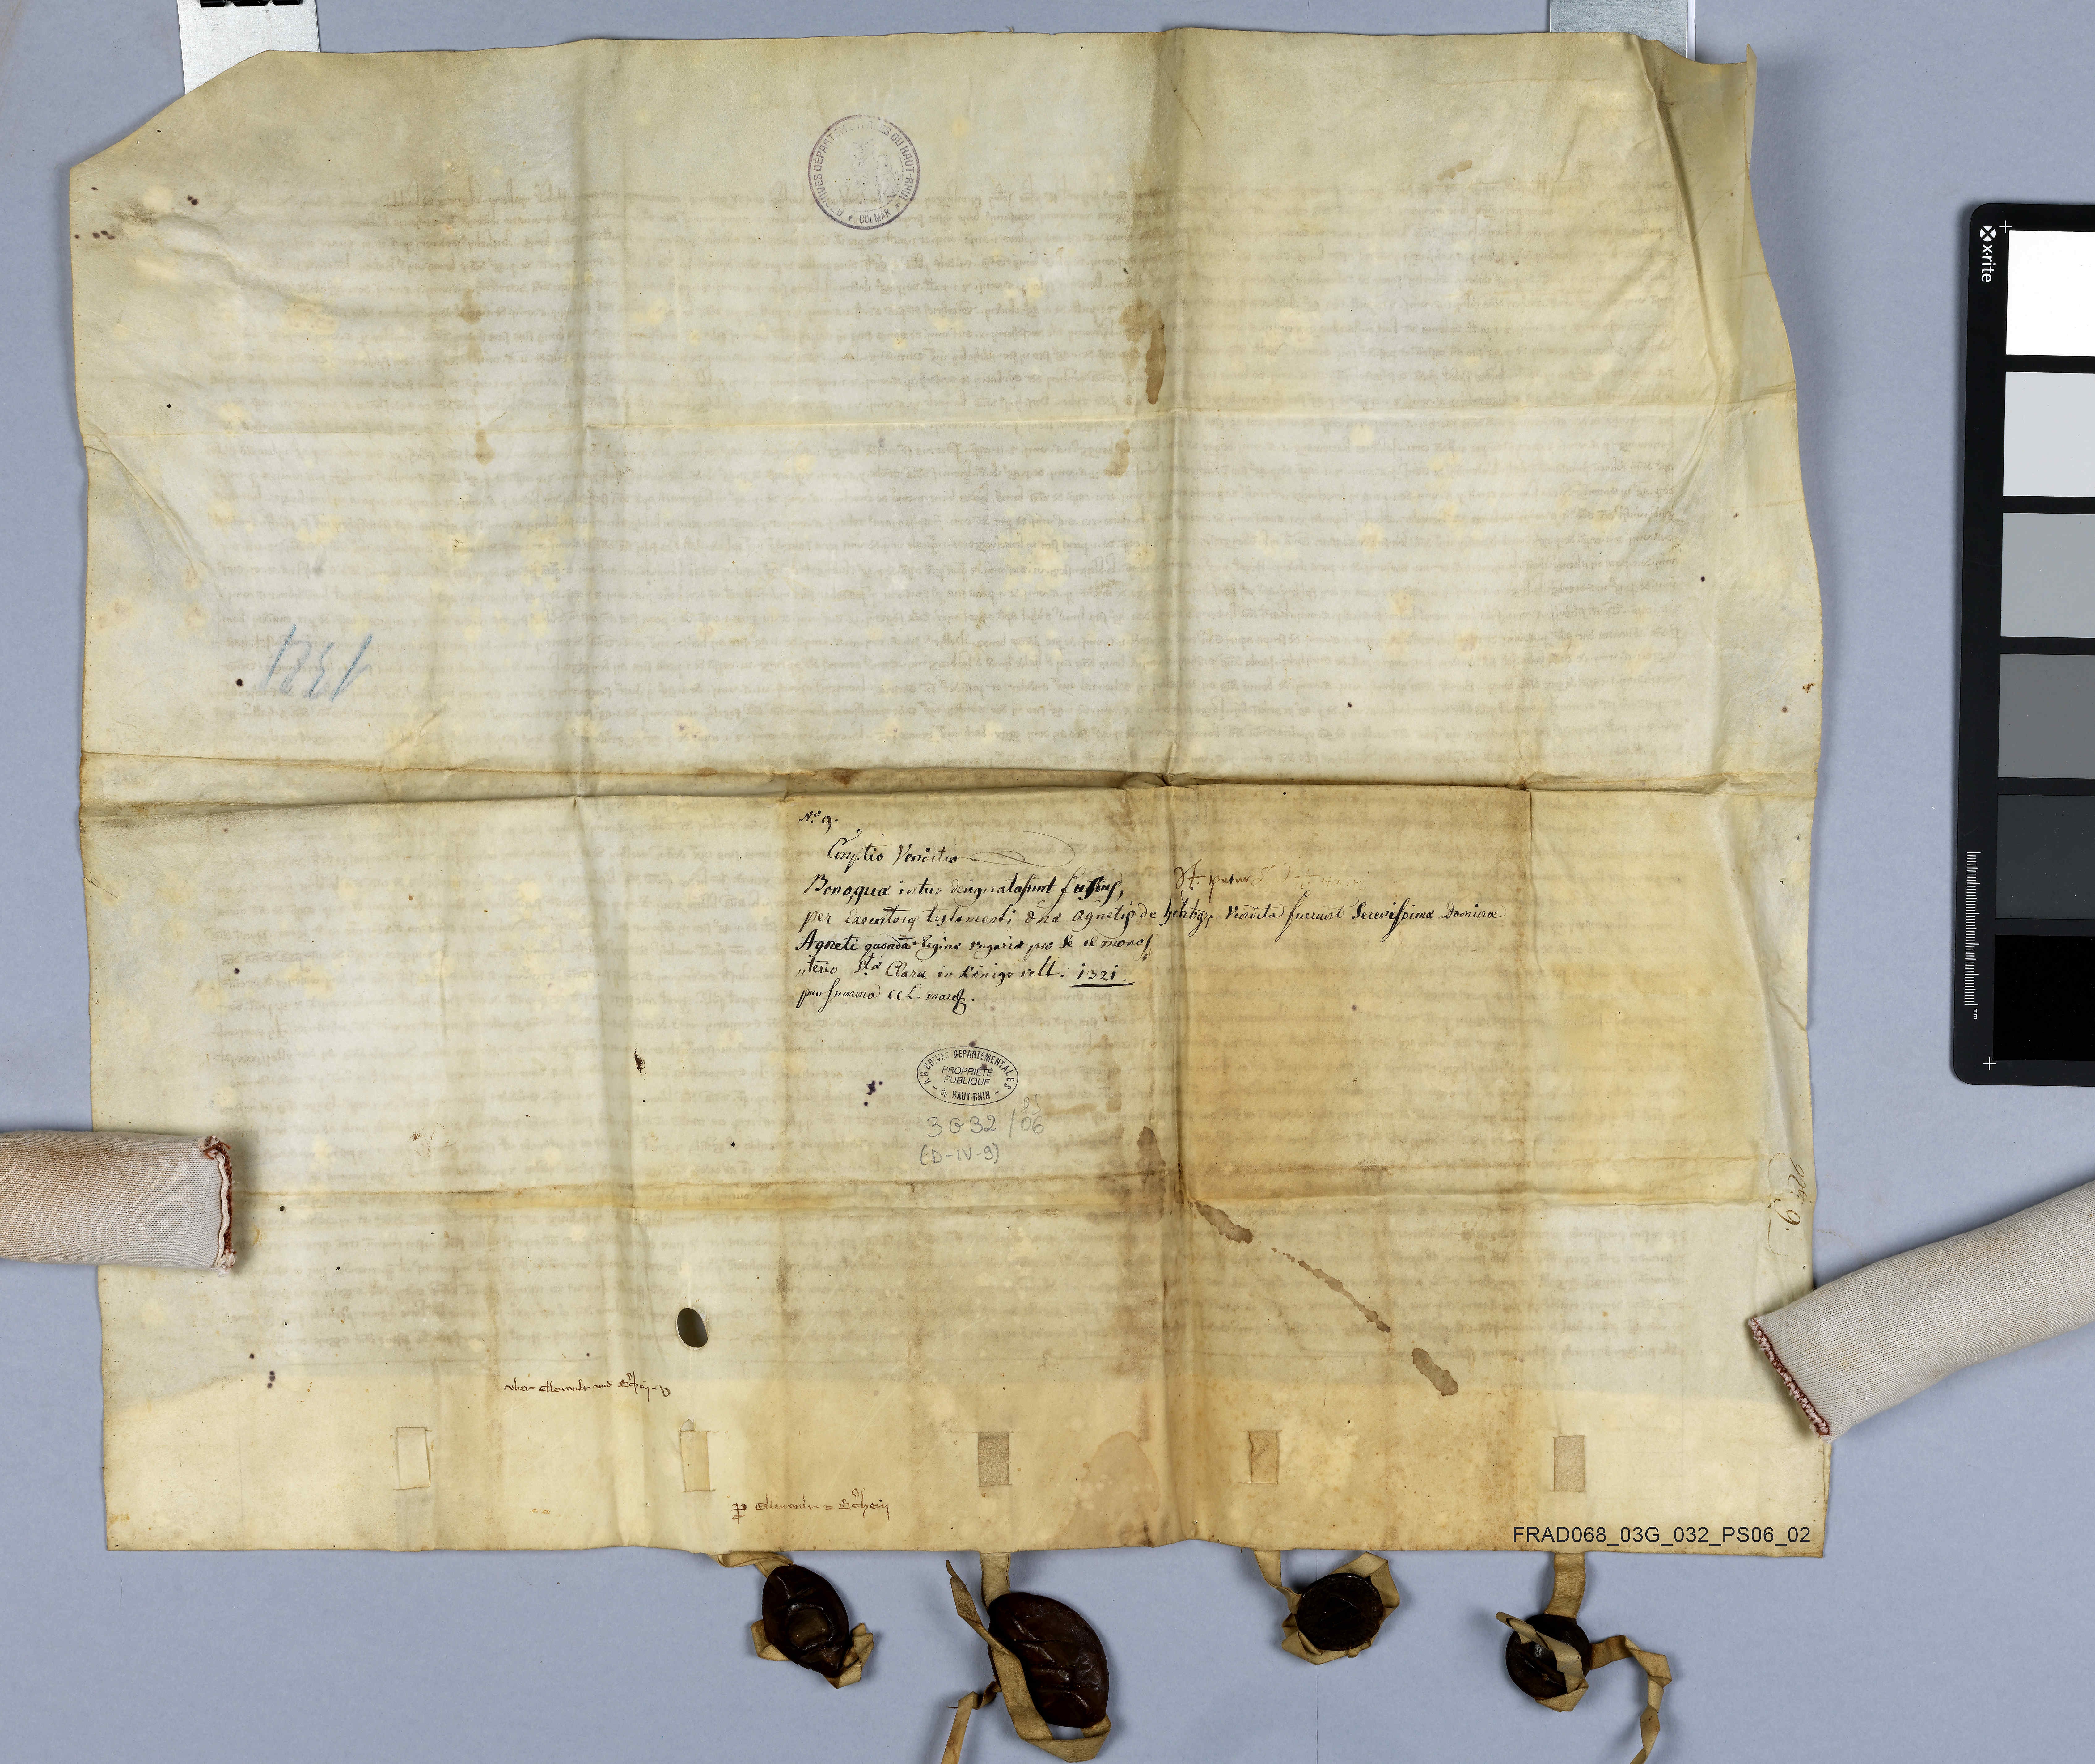
1321

uber Ellenwiler und Bcͧhein ✳ v

ARCHIVES DEPARTEMENTALES DU HAUT-RHIN *COLMAR *

Nͦ✳ 9

ꝓ Ellenwilr ꝫ Bˀchein

bona quo intus
per exem
Agneti quondam regina Ungaria pro se et monas¬
terio St.ͣ Clara in Kònigsvelt ✳
pro summa ccl ✳ march ✳

ARCHIVES DEPARTEMENTALES du HAUT-RHIN – PROPRIETÉ PUBLIQUE

1321

3 G 32 / O6
(D-IV-9)

it. putur

92